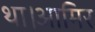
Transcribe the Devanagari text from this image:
था।आमिर